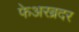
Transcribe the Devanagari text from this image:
फेअरब्रदर